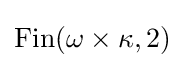
\operatorname {Fin} (\omega \times \kappa ,2)